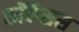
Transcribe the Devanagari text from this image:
कॉकॅसस